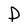
Character: D